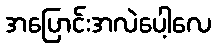
အပြောင်းအလဲပေါ့လေ